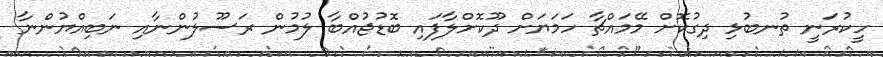
ހީކުރަނީ ތުނބުޅި ދިގުކޮށް މޭމައްޗާ ހަމަޔަށް ދޫކޮށްލާފައި ބޮޑުޖުއްބާ ލުމުން ރަސޫލުންނާއި ނަބިއްޔުންނާ